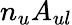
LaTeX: n_{u}A_{ul}